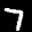
Label: 7